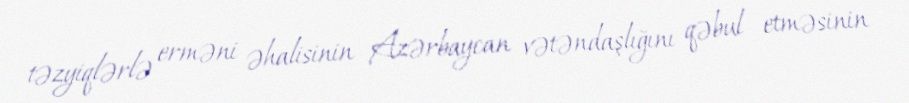
təzyiqlərlə erməni əhalisinin Azərbaycan vətəndaşlığını qəbul etməsinin